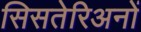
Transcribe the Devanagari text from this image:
सिसतेरिअनों